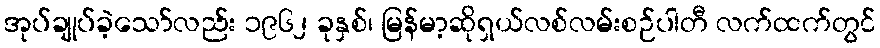
အုပ်ချုပ်ခဲ့သော်လည်း ၁၉၆၂ ခုနှစ်၊ မြန်မာ့ဆိုရှယ်လစ်လမ်းစဉ်ပါတီ လက်ထက်တွင်